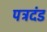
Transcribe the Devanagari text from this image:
पत्रदंड